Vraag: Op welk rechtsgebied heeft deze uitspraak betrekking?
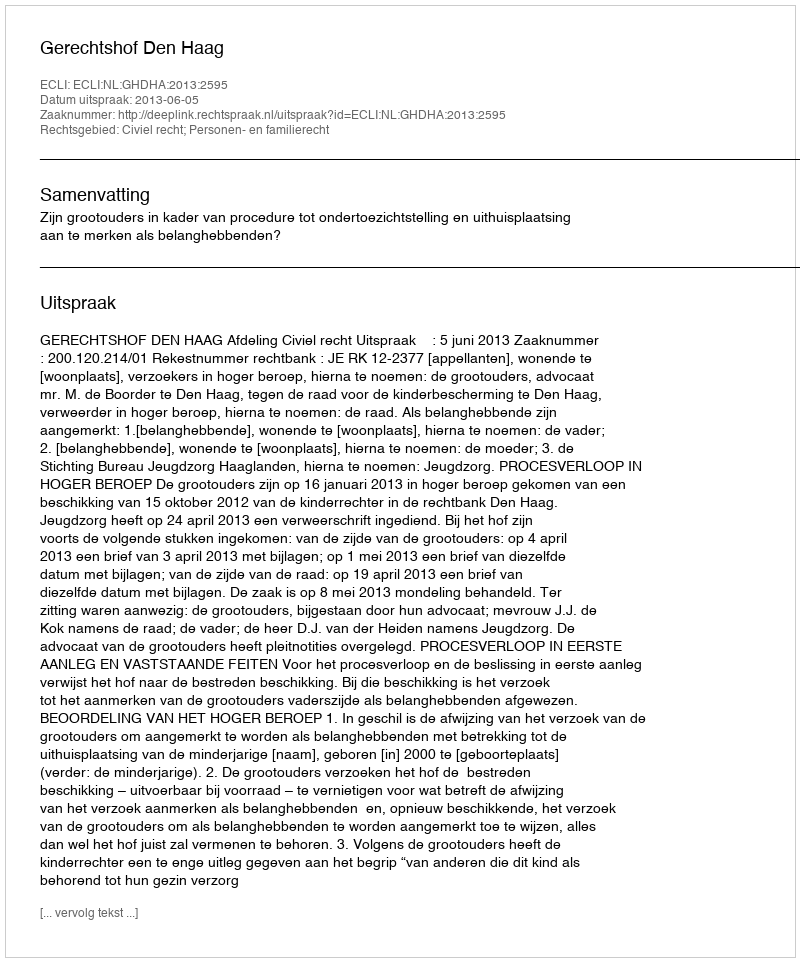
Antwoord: Civiel recht; Personen- en familierecht